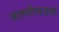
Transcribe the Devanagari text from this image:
काश्मीरकडचा